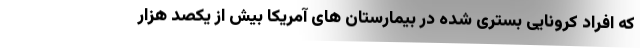
که افراد کرونایی بستری شده در بیمارستان های آمریکا بیش از یکصد هزار